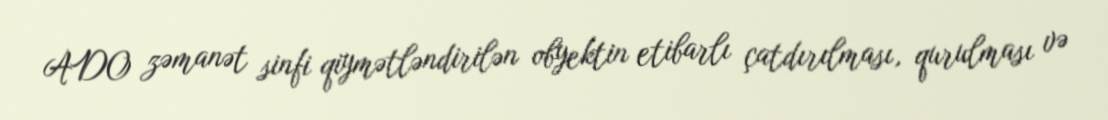
ADO zəmanət sinfi qiymətləndirilən obyektin etibarlı çatdırılması, qurulması və